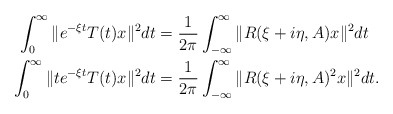
\begin{align*}\int^{\infty}_0 \|e^{-\xi t} T(t)x\|^2 dt &= \frac{1}{2\pi} \int^{\infty}_{-\infty} \| R(\xi +i\eta,A)x\|^2 dt \\\int^{\infty}_0 \|t e^{-\xi t} T(t)x\|^2 dt &= \frac{1}{2\pi} \int^{\infty}_{-\infty} \| R(\xi +i\eta,A)^2x\|^2 dt.\end{align*}